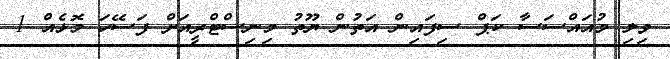
ވިލި މުއައްސަސާ ކަޕް ސިފައިން އަތުން ޔޫތު މިނިސްޓްރީއަށް ފަސޭހަ މޮޅެއް 1